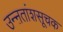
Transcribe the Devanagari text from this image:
उन्ऩतांशसूचक